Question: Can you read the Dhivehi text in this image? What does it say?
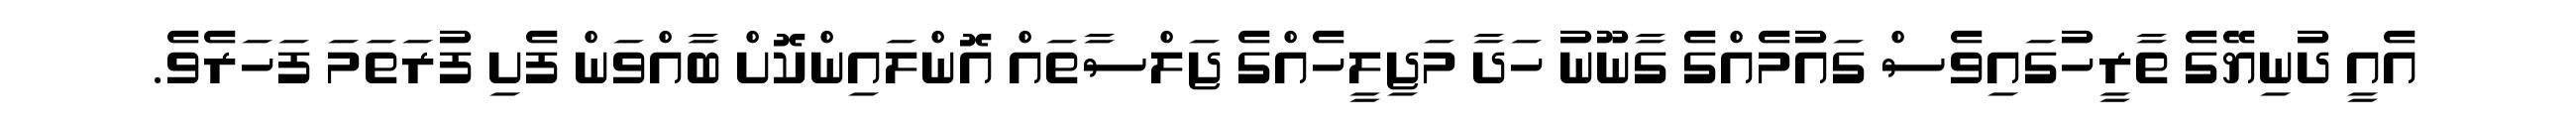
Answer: އެއީ ދުނިޔޭގެ ތާރީހުގައިވެސް ގައުމެއްގެ ގާނޫނު ހަދާ މަޖިލީހެއްގެ ޖަލްސާތައް އޮންލައިންކޮށް ބާއްވަން ފެށި ފުރަތަމަ ފަހަރެވެ.